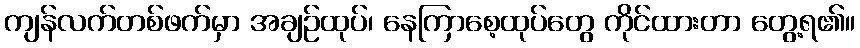
ကျန်လက်တစ်ဖက်မှာ အချဉ်ထုပ်၊ နေကြာစေ့ထုပ်တွေ ကိုင်ထားတာ တွေ့ရ၏။